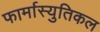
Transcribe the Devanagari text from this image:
फार्मास्युतिकल